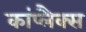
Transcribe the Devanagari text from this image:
कांप्लैक्स